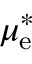
\mu _ { \mathrm { e } } ^ { * }